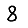
Digit: 8